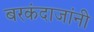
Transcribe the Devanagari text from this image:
बरकंदाजांनी